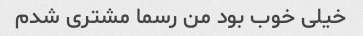
خیلی خوب بود من رسما مشتری شدم